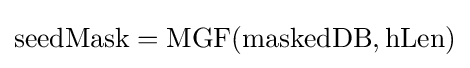
\mathrm {seedMask} =\mathrm {MGF} (\mathrm {maskedDB} ,\mathrm {hLen} )